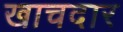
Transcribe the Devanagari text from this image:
खाचदार